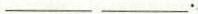
___ ___.